画像に写った文字を読んでください
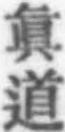
「眞道」と書いてあります